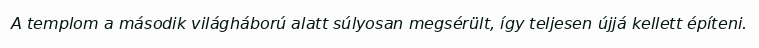
A templom a második világháború alatt súlyosan megsérült, így teljesen újjá kellett építeni.